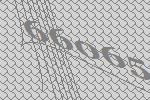
66065